Statistical return of the lunatic asylum in Assam - 1912-1932
Year: 1912
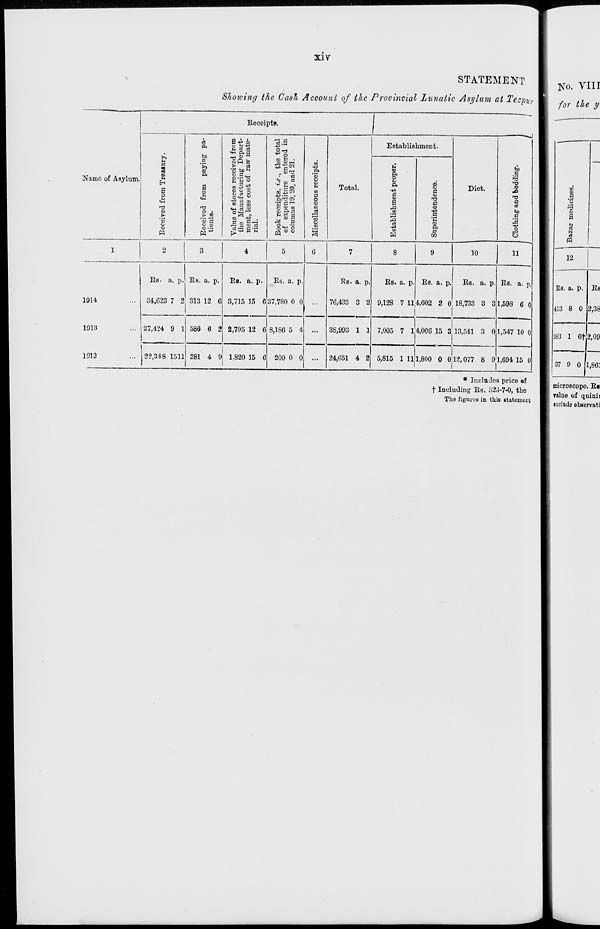
<§' 5' *
|^ M
a M Cu
p* to o
s r ■
SI
g <* °
5 tf e
£ a «.
s= >
H»
M
l-»
a
0
O
«o
k-"
ta
CO
*•
(-"
0
?
"i
p
:
:
:
to
5
to
to
CO
*>
00
10
VI
*"
CO
CO
CO
fed
m
Received from Treasury.
!-•
to
"si
p
en
Hi
to
«
to
00
s CO fed
i- 1
0
CO
'
CO
Received from paying pa-
!£•
02
to
•3
tients.
«o
to
0
l-«
to
,03
w
Value of stores received from
60
to
to
en
1—1
■
the Manufacturing Depart-
^
p
tfk
ment, less cost of raw mate-
fed
Or
s
►3
rial.
CD
a
0
ea
S3
•3
m
to
0
0
00
00
OS
CO
JST
VI
00
0
fed
en
Book receipts, i.e., the total
of expenditure enterod in
0
Or
0
n
columns 19, 20, and 21.
0
£1
0
^
:
C3
Miscellaneous receipts.
to
CO
-a
t»
CO
Ci
0
CO
*.
1-3
Cn
to
CO
53
i-i
CO
CO
m
-a
p
*»
M
CO
?
•
to
I-"
to
V
S"
J-J
to
00
O
l->
l-l
O
to
fed
H
en
Cn
00
■
00
Establishment proper,
m
et-
►->
<I
VI
P
p
o 4
t-l
!-■
V
1(1,80
0
t->
s
0
0
fed
0
Ci
to
p
to
Superintendence.
0
0
Cn
to
012,
CO
CO
0
•0
00
0
c
-si
fed
*-•
CO
CO
m
0
5"
00
CO
CO
P
c*-
0
0
CO
•o
(-«
C5
Or
Cn
fed
O
£.
to
n
(—1
1—•
00
p
1—1
1—1
Clothing and bedding.
Cn
0
OS
/
•0
<=>
0
►3
J
1
Co
v5
C3
Ci
^
<5
Si
M
Si

.
Ci
^
.°!>
^5
>
s
H
S
t=J
«>
3
cd
microscope, Ra
rahe of quinii
exclude observati
37 9 0 1,86]
ca
3
CO
00
0
S3
p
1
to
Bazar medicines.
0
•5°
CO
00
fed
1
o